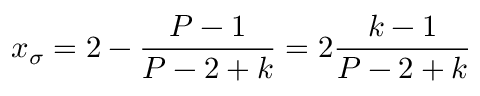
x _ { \sigma } = 2 - \frac { P - 1 } { P - 2 + k } = 2 \frac { k - 1 } { P - 2 + k }